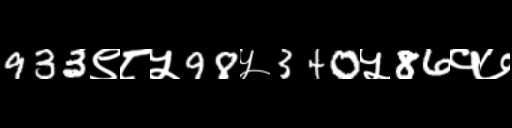
Text: 933९८५98५340५86१७